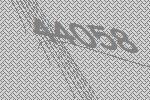
44058